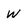
Character: W